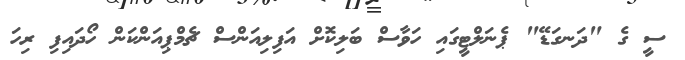
ސީ ގެ "ދަނގަޑޭ" ޕެނަލްޓީގައި ހަވާސް ބަލިކޮށް އަފިލިއަންސް ޗެމްޕިއަންކަން ހޯދައިފި ރިހަ